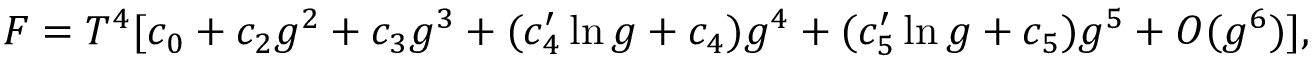
F = T ^ { 4 } [ c _ { 0 } + c _ { 2 } g ^ { 2 } + c _ { 3 } g ^ { 3 } + ( c _ { 4 } ^ { \prime } \ln g + c _ { 4 } ) g ^ { 4 } + ( c _ { 5 } ^ { \prime } \ln g + c _ { 5 } ) g ^ { 5 } + O ( g ^ { 6 } ) ] ,